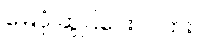
မြေပုံ ဆွဲပြပေးပါလား။